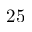
2 5